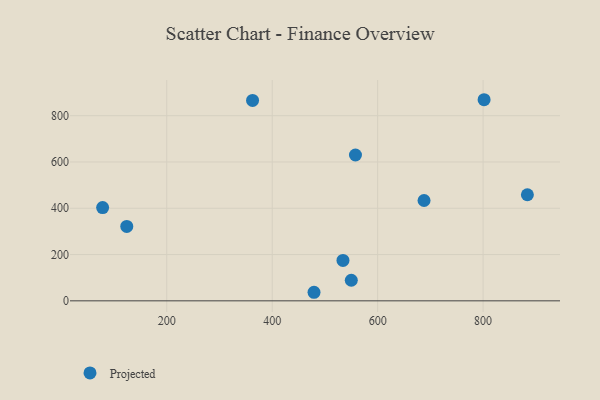
{"axis": {"x": "Engine Size", "y": "Fuel Efficiency"}, "legend": ["Projected"], "data": [{"x": "550.0", "y": 88.9, "type": "Projected"}, {"x": "479.3", "y": 37.0, "type": "Projected"}, {"x": "534.2", "y": 174.8, "type": "Projected"}, {"x": "688.0", "y": 433.5, "type": "Projected"}, {"x": "78.3", "y": 402.9, "type": "Projected"}, {"x": "557.9", "y": 630.2, "type": "Projected"}, {"x": "362.7", "y": 866.1, "type": "Projected"}, {"x": "801.9", "y": 869.0, "type": "Projected"}, {"x": "884.0", "y": 458.3, "type": "Projected"}, {"x": "124.1", "y": 321.4, "type": "Projected"}]}